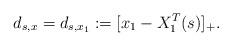
LaTeX: \begin{align*} d_{s,x} = d_{s,x_1} := [x_1 - X_1^T(s)]_+. \end{align*}